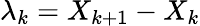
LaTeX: \lambda_{k}=X_{k+1}-X_{k}